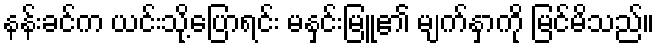
နန်းခင်က ယင်းသို့ပြောရင်း မနှင်းမြူ၏ မျက်နှာကို မြင်မိသည်။